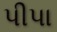
પીપા